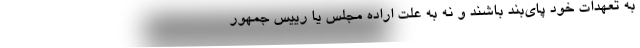
به تعهدات خود پای‌بند باشند و نه به علت اراده مجلس یا رییس جمهور